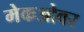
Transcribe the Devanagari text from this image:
मेकओवर